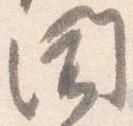
聞